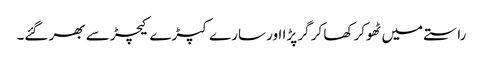
راستے میں ٹھوکر کھا کر گر پڑا اور سارے کپڑے کیچڑ سے بھر گئے۔